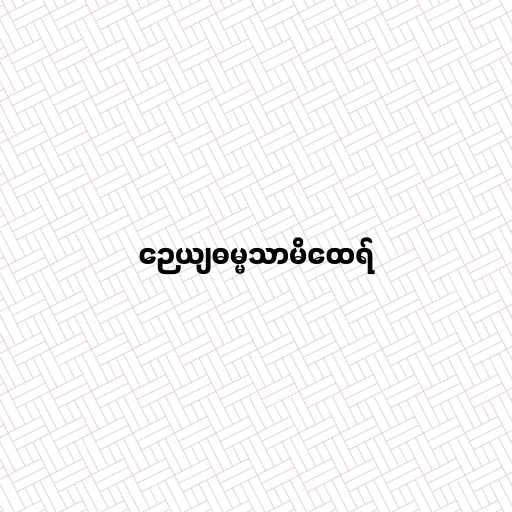
ဉေယျဓမ္မသာမိထေရ်